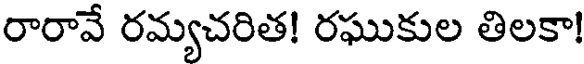
రారావే రమ్యచరిత! రఘుకుల తిలకా!